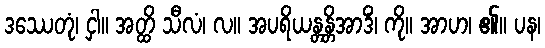
ဒဿေတုံ၊ ငှါ။ အတ္ထိ သီလံ၊ လ။ အပရိယန္တန္တိအာဒိံ၊ ကို။ အာဟ၊ ၏။ ပန၊